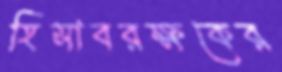
হিসাবরক্ষকের